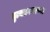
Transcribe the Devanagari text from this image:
नृत्यप्रकारच्या